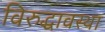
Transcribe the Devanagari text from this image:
विरुद्धावस्था